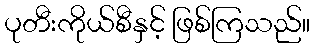
ပုတီးကိုယ်စီနှင့် ဖြစ်ကြသည်။